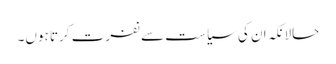
حالانکہ ان کی سیاست سے نفرت کرتا ہوں۔